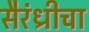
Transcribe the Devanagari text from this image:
सैरंध्रीचा